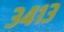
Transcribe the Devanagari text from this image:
३४१३